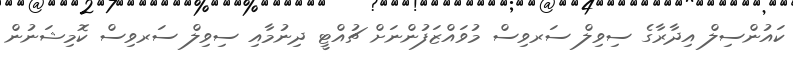
ކައުންސިލް އިދާރާގެ ސިވިލް ސަރވިސް މުވައްޒަފުންނަށް ޗުއްޓީ ދިނުމާއި ސިވިލް ސަރވިސް ކޮމިޝަނުން